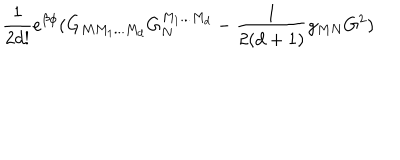
\frac { 1 } { 2 d ! } e ^ { \beta \phi } ( G _ { M M _ { 1 } . . . M _ { d } } G _ { N } ^ { M _ { 1 } . . . M _ { d } } - \frac { 1 } { 2 ( d + 1 ) } g _ { M N } G ^ { 2 } )